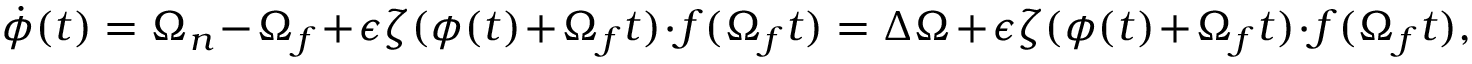
\dot { \phi } ( t ) = \Omega _ { n } - \Omega _ { f } + \epsilon \boldsymbol { \zeta } ( \phi ( t ) + \Omega _ { f } t ) \cdot \boldsymbol { f } ( \Omega _ { f } t ) = \Delta \Omega + \epsilon \boldsymbol { \zeta } ( \phi ( t ) + \Omega _ { f } t ) \cdot \boldsymbol { f } ( \Omega _ { f } t ) ,